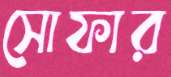
সোফার